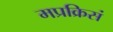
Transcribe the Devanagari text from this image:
मप्रक्रिसं